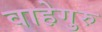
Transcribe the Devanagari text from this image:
वाहेगुरु